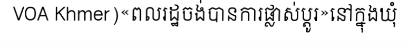
VOA Khmer)«ពលរដ្ឋចង់បានការផ្លាស់ប្តូរ»នៅក្នុងឃុំ